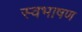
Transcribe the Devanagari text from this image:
स्वभाषण